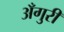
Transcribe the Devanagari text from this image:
अँगुरी